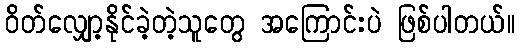
ဝိတ်လျှော့နိုင်ခဲ့တဲ့သူတွေ အကြောင်းပဲ ဖြစ်ပါတယ်။